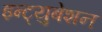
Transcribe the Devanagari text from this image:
इन्ट्युबेशन